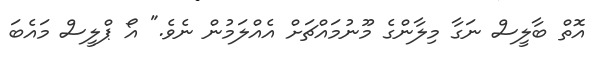
އޮތް ބާލީސް ނަގާ މިލާންގެ މޫނުމައްޗަށް އެއްލަމުން ނެވެ." އޯ ޕްލީސް މައެބަ